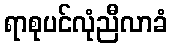
ရာစုပင်လုံညီလာခံ